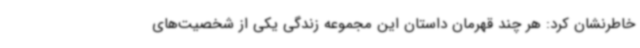
خاطرنشان کرد: هر چند قهرمان داستان این مجموعه زندگی یکی از شخصیت‌های